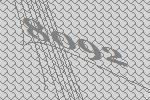
8092